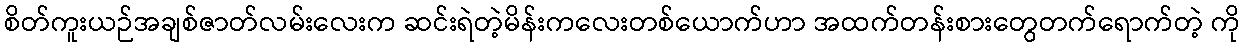
စိတ်ကူးယဉ်အချစ်ဇာတ်လမ်းလေးက ဆင်းရဲတဲ့မိန်းကလေးတစ်ယောက်ဟာ အထက်တန်းစားတွေတက်ရောက်တဲ့ ကို